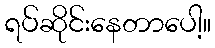
ရပ်ဆိုင်းနေတာပေါ့။